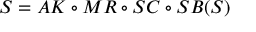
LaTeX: S = A K \circ M R \circ S C \circ S B ( S )